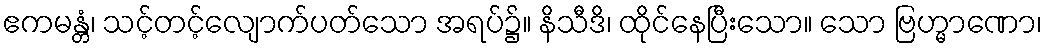
ဧကမန္တံ၊ သင့်တင့်လျောက်ပတ်သော အရပ်၌။ နိသီဒိ၊ ထိုင်နေပြီးသော။ သော ဗြဟ္မာဏော၊